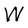
Character: W